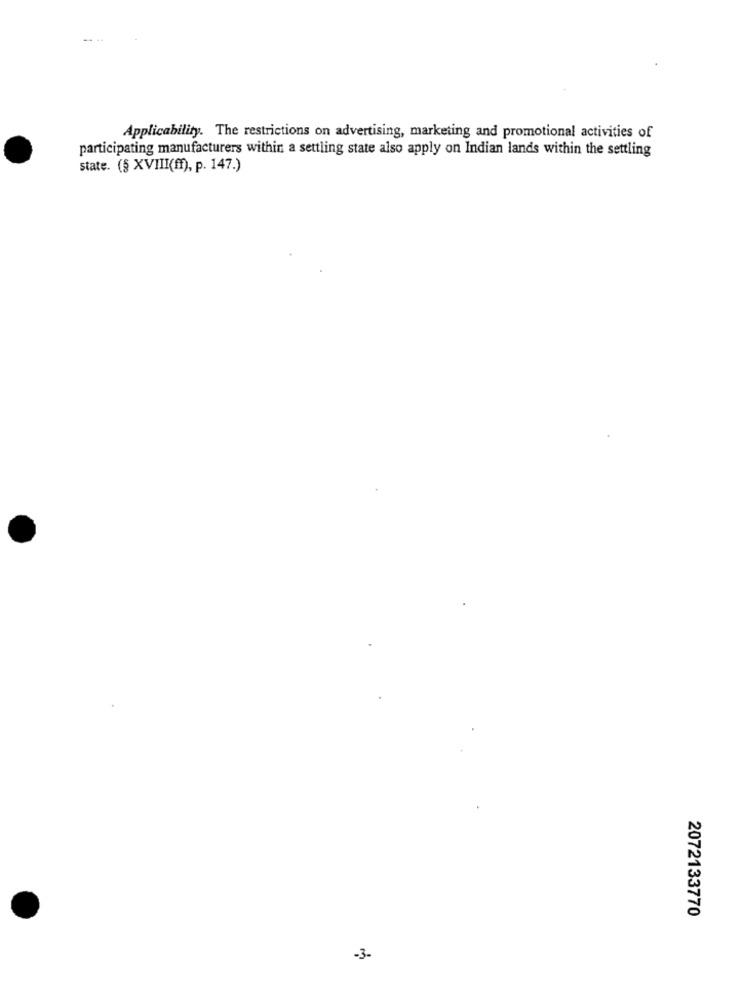
Applicability. The restrictions on advertising, marketing and promotional activities of
participating manufacturers within a settling state also apply on Indian lands within the settling
state. (§ XVIII(ff), p. 147.)
2072133770
-3.